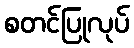
စတင်ပြုလုပ်